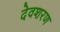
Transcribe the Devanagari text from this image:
देवशरण